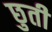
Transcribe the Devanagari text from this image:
छुती